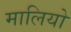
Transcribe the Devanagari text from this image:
मालियो